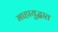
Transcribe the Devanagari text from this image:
माहायुद्धात